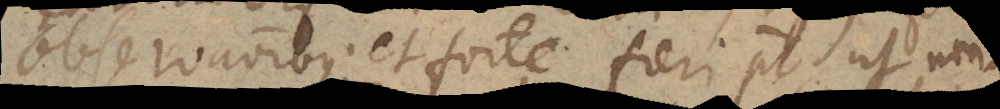
observationibus et forte fieri potest, ut non-